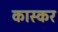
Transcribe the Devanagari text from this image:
कास्कर